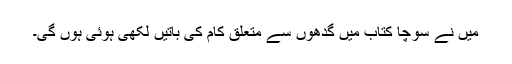
میں نے سوچا کتاب میں گدھوں سے متعلق کام کی باتیں لکھی ہوئی ہوں گی۔